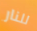
للنار